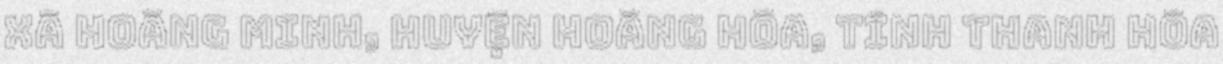
xã hoằng minh, huyện hoằng hóa, tỉnh thanh hóa